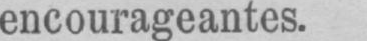
encourageantes.